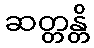
ဆတ္တန္တိ